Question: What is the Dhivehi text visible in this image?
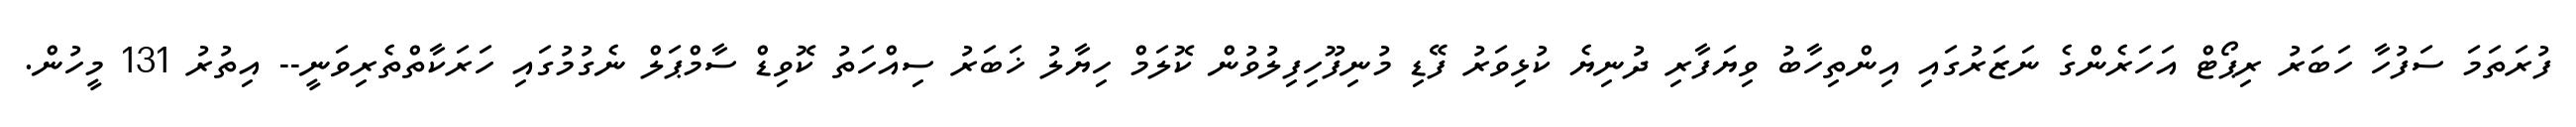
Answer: ފުރަތަމަ ސަފުހާ ހަބަރު ރިޕޯޓް އަހަރެންގެ ނަޒަރުގައި އިންތިހާބު ވިޔަފާރި ދުނިޔެ ކުޅިވަރު ފޭޑި މުނިފޫހިފިލުވުން ކޮލަމް ހިޔާލު ޚަބަރު ސިއްހަތު ކޮވިޑް ސާމްޕަލް ނެގުމުގައި ހަރަކާތްތެރިވަނީ-- އިތުރު 131 މީހުން.